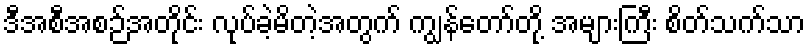
ဒီအစီအစဉ်အတိုင်း လုပ်ခဲ့မိတဲ့အတွက် ကျွန်တော်တို့ အများကြီး စိတ်သက်သာ